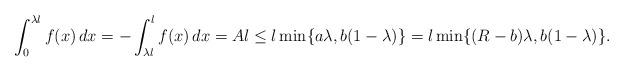
LaTeX: \begin{align*}\int_0^{\lambda l} f(x)\,dx=-\int_{\lambda l}^l f(x)\,dx=Al\le l\min\{a\lambda,b(1-\lambda)\}=l\min\{(R-b)\lambda,b(1-\lambda)\}.\end{align*}